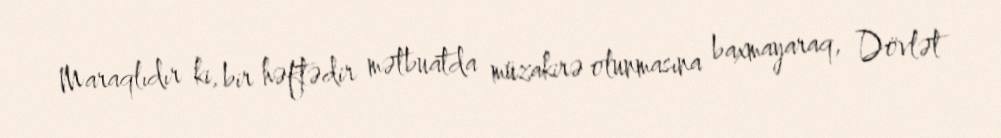
Maraqlıdır ki, bir həftədir mətbuatda müzakirə olunmasına baxmayaraq, Dövlət